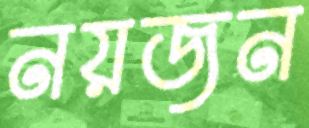
নয়জন